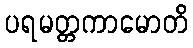
ပရမတ္တကာမောတိ